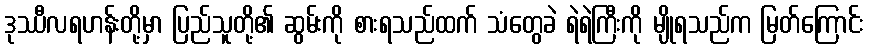
ဒုဿီလရဟန်းတို့မှာ ပြည်သူတို့၏ ဆွမ်းကို စားရသည်ထက် သံတွေခဲ ရဲရဲကြီးကို မျိုရသည်က မြတ်ကြောင်း